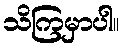
သိကြမှာပါ။